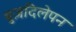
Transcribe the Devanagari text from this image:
बुज़दिलेपन